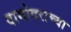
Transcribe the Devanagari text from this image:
दामोदराच्या